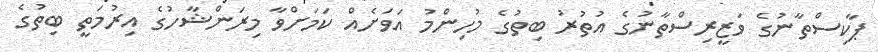
ޕާކިސްތާނުގެ ވަޒީރިސްތާނުގެ އުތުރު ބިތުގެ މުހިންމު އަވަށެއް ކަމަށްވާ މިރަންޝާހުގެ އިރުމަތީ ބިތުގެ